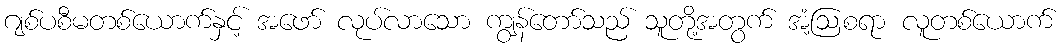
ဂျစ်ပစီမတစ်ယောက်နှင့် အဖော် လုပ်လာသော ကျွန်တော်သည် သူတို့အတွက် အံ့ဩစရာ လူတစ်ယောက်